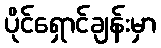
ပိုင်ရှောင်ချန်းမှာ